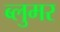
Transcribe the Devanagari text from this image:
ब्लुमर